Vaccination in Bombay 1913-1923 - 1913-1923
Year: 1913
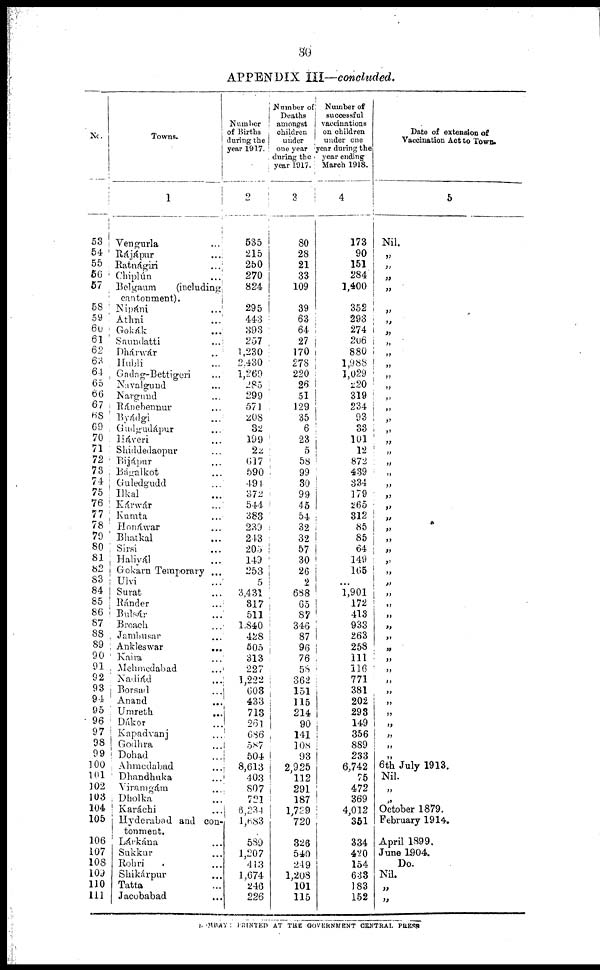
30
APPENDIX III—concluded.
No.
53
54
55
56
67
58
59
60
61
62
63
64
65
66
67
68
69
70
71
72
73
74
75
76
77
78
79
80
81
82
83
84
85
86
87
88
89
90
91
92
93
94
95
96
97
98
99
100
101
102
103
104
105
106
107
108
109
110
111
Towns.
1
Vengurla ...
Rájápur ...
Ratnágiri ...
Chiplún ...
Belgaum
(including
cantonment).
Nipáni ...
Athni ...
Gokák ...
Saundatti ...
Dhárwár ...
Hubli ...
Gadag-Bettigeri ...
Navalgund ...
Nargund ...
Ránebennur ...
Byádgi ...
Gudgudápur ...
Háveri ...
Shiddedaopur ...
Bijápur ...
Bágalkot ...
Guledgudd ...
Ilkal ...
Kárwár ...
Kumta ...
Honáwar ...
Bhatkal ...
Sirsi ...
Haliyál ...
Gokarn Temporary ...
Ulvi ...
Surat ...
Ránder ...
Bulsár ...
Broach ...
Jambusar ...
Ankleswar
...
Kaira ...
Mehmedabad ...
Nadiád ...
Borsad ...
Anand ...
Umreth ...
Dákor ...
Kapadvanj ...
Godhra ...
Dohad ...
Ahmedabad ...
Dhandhuka ...
Viramgám ...
Dholka
...
Karáchi ...
Hyderabad and con¬
tonment.
Lárkána ...
Sukkur ...
Rohri ...
Shikárpur ...
Tatta ...
Jacobabad ...
Number
of Births
during the
year 1917.
2
535
215
250
270
824
295
443
393
257
1,230
2,430
1,269
285
299
571
208
32
199
22
617
590
494
372
544
383
239
243
205
149
253
5
3,431
317
511
1,840
428
505
313
227
1,222
603
433
713
261
686
587
504
8,613
403
807
721
6,234
1,683
589
1,207
413
1,674
246
226
Number of
Deaths
amongst
children
under
one year
during the
year 1917.
3
80
28
21
33
109
39
63
64
27
170
278
220
26
51
129
35
6
23
5
58
99
30
99
45
54
32
32
57
30
26
2
688
65
87
346
87
96
76
58
362
151
115
214
90
141
108
93
2,925
112
291
187
1,729
720
326
540
249
1,208
101
115
Number of
successful
vaccinations
on children
under one
year during the
year ending
March 1918.
4
173
90
151
284
1,400
352
293
274
206
880
1,988
1,029
220
319
234
93
33
101
12
872
439
334
179
265
312
85
85
64
149
165
...
1,901
172
413
933
263
258
111
116
771
381
202
293
149
356
889
233
6,742
75
472
369
4,012
351
334
420
154
633
183
152
Date of extension of
Vaccination Act to Town.
5
Nil.
„
„
„
„
„
„
„
„
„
„
„
„
„
„
„
„
„
„
„
„
„
„
„
„
„
„
„
„
„
„
„
„
„
„
„
„
„
„
„
„
„
„
„
„
„
„
6th July 1913.
Nil.
„
„
October 1879.
February 1914.
April 1899.
June 1904.
Do.
Nil.
„
„
BOMBAY : PRINTED AT THE GOVERNMENT CENTRAL PRESS